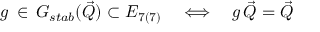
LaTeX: g \, \in \, G _ { s t a b } ( { \vec { Q } } ) \subset E _ { 7 ( 7 ) } \quad \Longleftrightarrow \quad g \, { \vec { Q } } = { \vec { Q } }